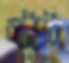
বডিলি